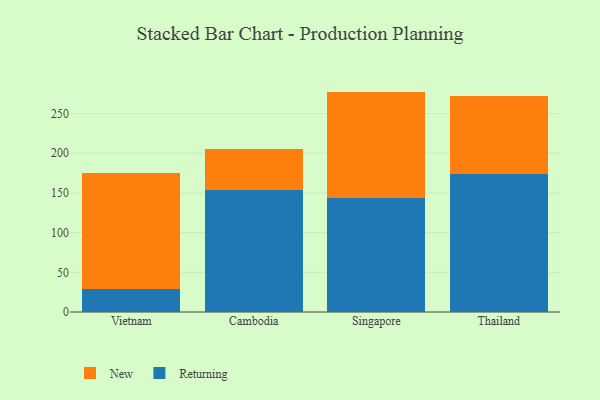
{"axis": {"x": "Country", "y": "LTV (USD)"}, "legend": ["New", "Returning"], "data": [{"x": "Vietnam", "y": 28.8, "type": "Returning"}, {"x": "Vietnam", "y": 146.3, "type": "New"}, {"x": "Cambodia", "y": 153.6, "type": "Returning"}, {"x": "Cambodia", "y": 51.3, "type": "New"}, {"x": "Singapore", "y": 143.8, "type": "Returning"}, {"x": "Singapore", "y": 133.9, "type": "New"}, {"x": "Thailand", "y": 174.2, "type": "Returning"}, {"x": "Thailand", "y": 97.9, "type": "New"}]}